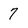
Character: 7